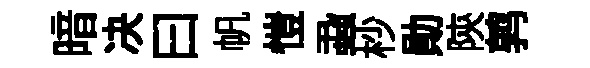
暗决曰帆愷蝨杪勛陝鹑